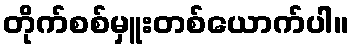
တိုက်စစ်မှူးတစ်ယောက်ပါ။